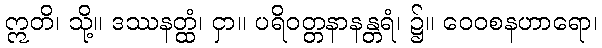
ဣတိ၊ သို့။ ဒဿနတ္ထံ၊ ငှာ။ ပရိဝတ္တနာနန္တရံ၊ ၌။ ဝေဝစနဟာရော၊